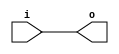
// This program was cloned from: https://github.com/NYU-MLDA/OpenABC
// License: BSD 3-Clause "New" or "Revised" License

module bsg_expand_bitmask_in_width_p8_expand_p1
(
  i,
  o
);

  input [7:0] i;
  output [7:0] o;
  wire [7:0] o;
  assign o[7] = i[7];
  assign o[6] = i[6];
  assign o[5] = i[5];
  assign o[4] = i[4];
  assign o[3] = i[3];
  assign o[2] = i[2];
  assign o[1] = i[1];
  assign o[0] = i[0];

endmodule